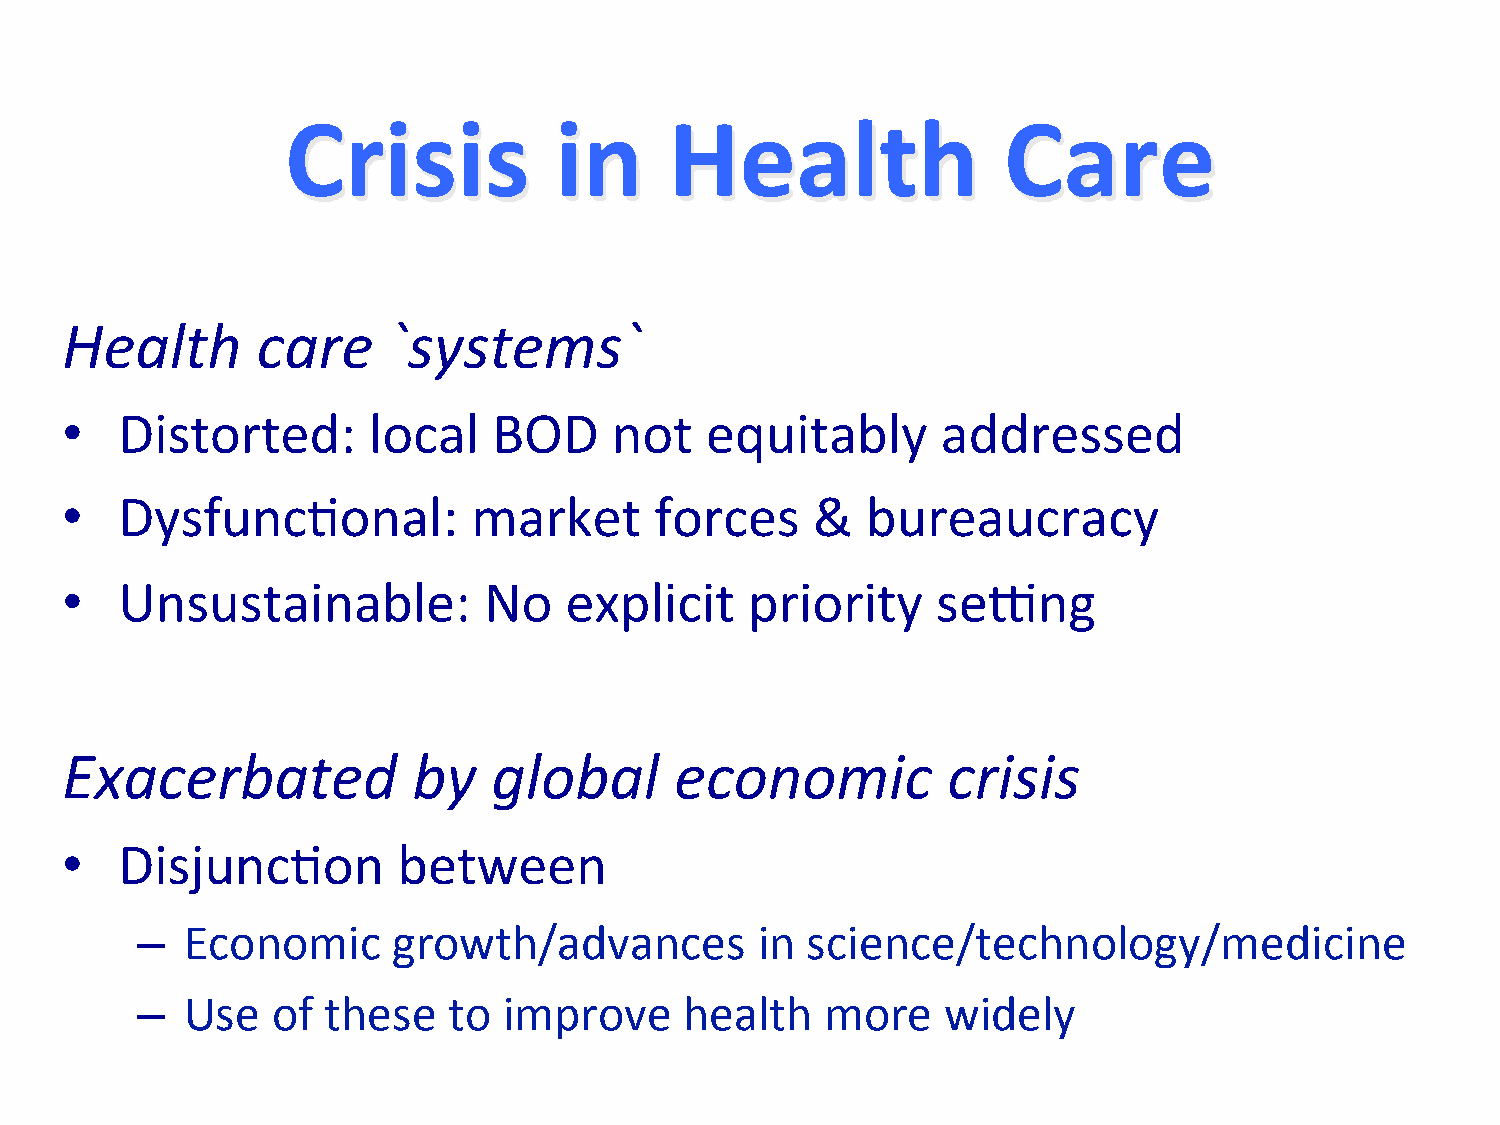
Crisis            in     Health                Care
 Health       care     `systems`
 •   Distorted:      local    BOD     not   equitably      addressed
 •   Dysfunc/onal:          market      forces     &  bureaucracy
 •   Unsustainable:          No   explicit     priority    seQng
 Exacerbated            by    global      economic          crisis
 •   Disjunc/on        between
 –  Economic      growth/advances         in science/technology/medicine
 –  Use   of these    to improve     health    more   widely